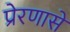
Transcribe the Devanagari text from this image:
प्रेरणासे